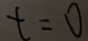
t = 0